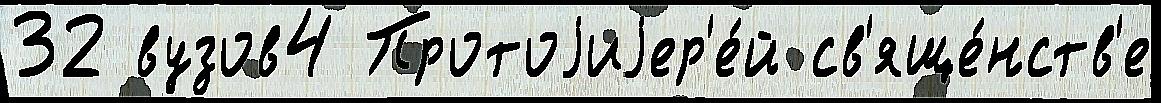
32 вузов4 Протоjиjер'е́й св'яще́нств'е